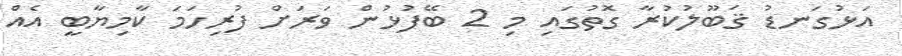
އަޅުގަނޑު ޤަބޫލުކުރާ ގޮތުގައި މި 2 ބޭފުޅުން ވަރަށް ފުރިހަމަ ކާމިޔާބީ އެއް